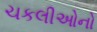
ચકલીઓનો